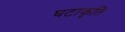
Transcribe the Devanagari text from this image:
घटाकृति